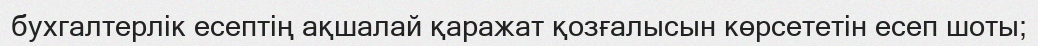
бухгалтерлік есептің ақшалай қаражат қозғалысын көрсететін есеп шоты;